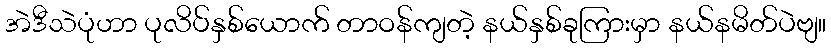
အဲဒီသဲပုံဟာ ပုလိပ်နှစ်ယောက် တာဝန်ကျတဲ့ နယ်နှစ်ခုကြားမှာ နယ်နမိတ်ပဲဗျ။